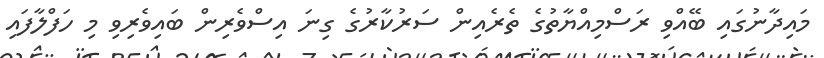
މައިދާނުގައި ބޭއްވި ރަސްމިއްޔާތުގެ ތެރެއިން ސަރުކާރުގެ ގިނަ އިސްވެރިން ބައިވެރިވި މި ހަފްލާފައި